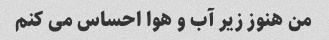
من هنوز زیر آب و هوا احساس می کنم